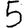
Digit: 5